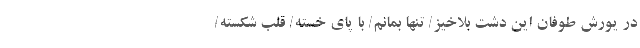
در یورش طوفان این دشت بلاخیز/ تنها بمانم/ با پای خسته/ قلب شکسته/